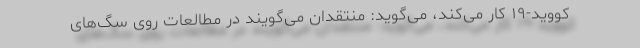
کووید-۱۹ کار می‌کند، می‌گوید: منتقدان می‌گویند در مطالعات روی سگ‌های